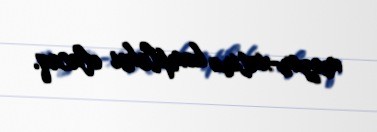
məzar-xatirə kompleksi olacaq.